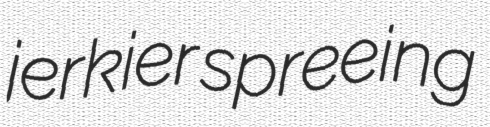
jerkier spreeing